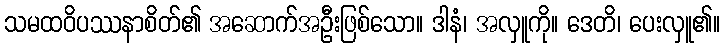
သမထဝိပဿနာစိတ်၏ အဆောက်အဦးဖြစ်သော။ ဒါနံ၊ အလှူကို။ ဒေတိ၊ ပေးလှူ၏။